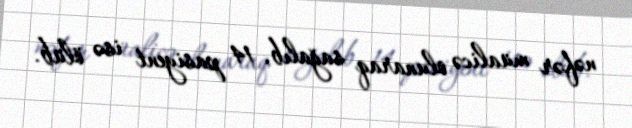
nəfər müalicə olunaraq sağalıb, 14 pasiyent isə ölüb.